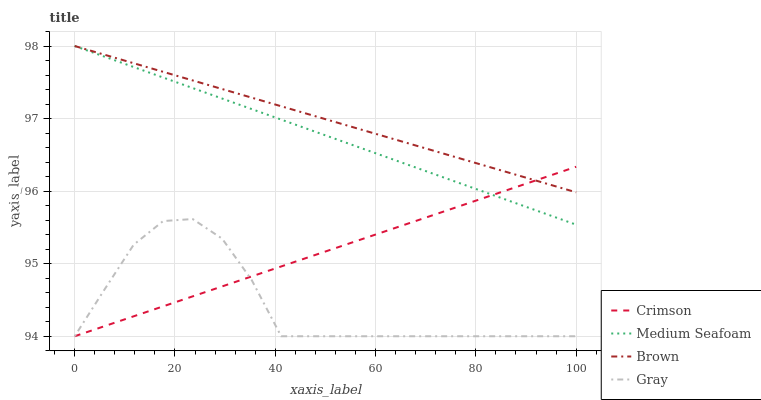
| xaxis_label | Crimson | Medium Seafoam | Brown | Gray |
 | --- | --- | --- | --- | --- |
 | 0 | 94 | 98 | 98 | 94 |
 | 5.88 | 94.1 | 97.9 | 97.9 | 94.6 |
 | 11.8 | 94.3 | 97.7 | 97.8 | 95.3 |
 | 17.6 | 94.4 | 97.6 | 97.6 | 95.6 |
 | 23.5 | 94.5 | 97.4 | 97.5 | 95.6 |
 | 29.4 | 94.7 | 97.3 | 97.4 | 95.3 |
 | 35.3 | 94.8 | 97.1 | 97.3 | 94.8 |
 | 41.2 | 95 | 97 | 97.2 | 94 |
 | 47.1 | 95.1 | 96.8 | 97.1 | 94 |
 | 52.9 | 95.2 | 96.7 | 96.9 | 94 |
 | 58.8 | 95.4 | 96.6 | 96.8 | 94 |
 | 64.7 | 95.5 | 96.4 | 96.7 | 94 |
 | 70.6 | 95.6 | 96.3 | 96.6 | 94 |
 | 76.5 | 95.8 | 96.1 | 96.5 | 94 |
 | 82.4 | 95.9 | 96 | 96.3 | 94 |
 | 88.2 | 96.1 | 95.8 | 96.2 | 94 |
 | 94.1 | 96.2 | 95.7 | 96.1 | 94 |
 | 100 | 96.3 | 95.5 | 96 | 94 |